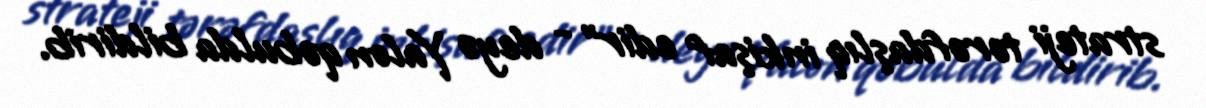
strateji tərəfdaşlıq inkişaf edir” - deyə Yalon qəbulda bildirib.